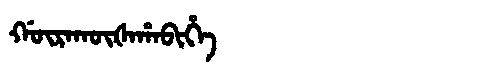
Manchu: ᡤᡡᡵᠠᡴᡡᡧᠠᡥᠠᠪᡳᡥᡝ
Romanization: GŪRAKŪŠAHABIHE